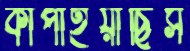
কাঁপাইয়াছিস